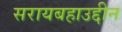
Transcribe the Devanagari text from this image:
सरायबहाउद्दीन